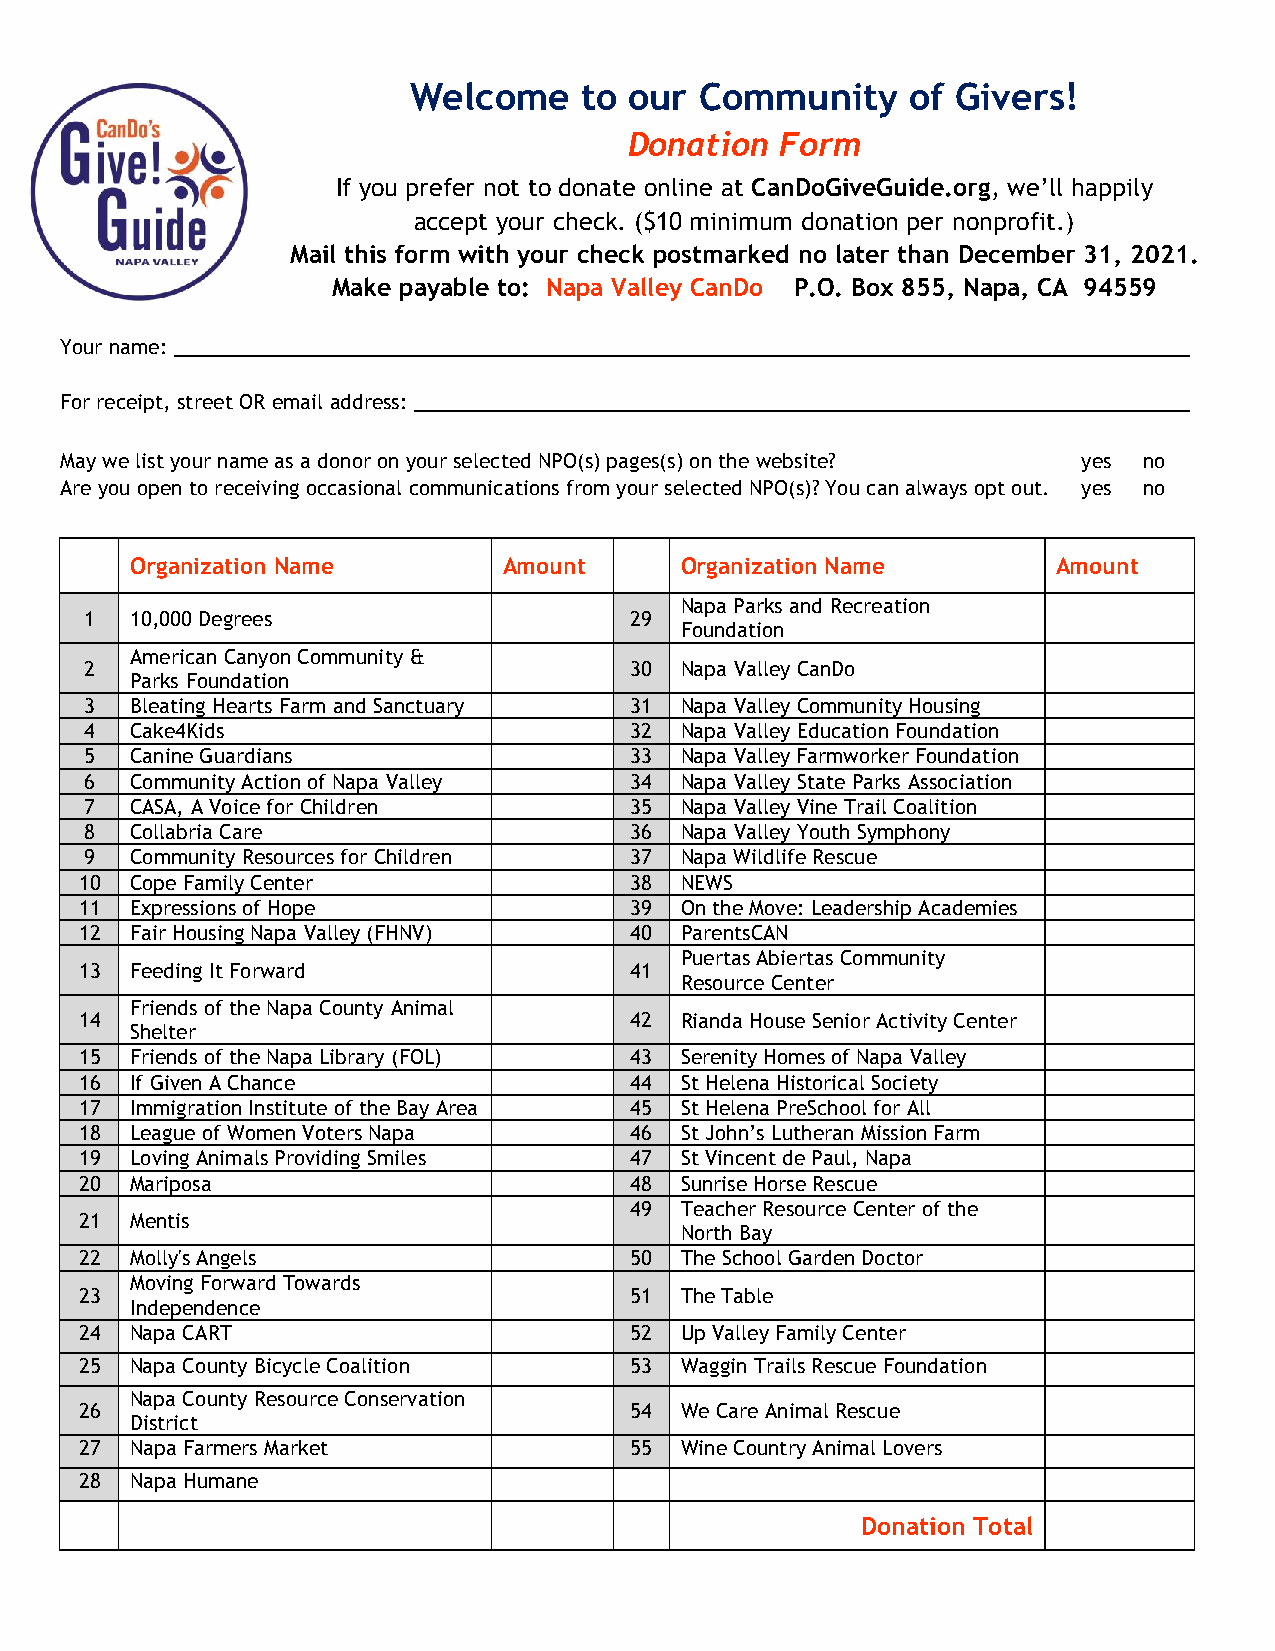
Welcome    to  our Community     of Givers!
 Donation  Form
 If you prefer not to donate online at CanDoGiveGuide.org, we’ll happily
 accept your check. ($10 minimum donation per nonprofit.)
 Mail this form with your check postmarked no later than December 31, 2021.
 Make payable to: Napa Valley CanDo P.O. Box 855, Napa, CA 94559
 Your name: _____________________________________________________________________________________________
 For receipt, street OR email address: _______________________________________________________________________
 May we list your name as a donor on your selected NPO(s) pages(s) on the website? yes no
 Are you open to receiving occasional communications from your selected NPO(s)? You can always opt out. yes no
 Organization Name       Amount      Organization Name        Amount
 Napa Parks and Recreation
 1  10,000 Degrees                   29
 Foundation
 American Canyon Community &
 2                                   30 Napa Valley CanDo
 Parks Foundation
 3  Bleating Hearts Farm and Sanctuary 31 Napa Valley Community Housing
 4  Cake4Kids                        32 Napa Valley Education Foundation
 5  Canine Guardians                 33 Napa Valley Farmworker Foundation
 6  Community Action of Napa Valley  34 Napa Valley State Parks Association
 7  CASA, A Voice for Children       35 Napa Valley Vine Trail Coalition
 8  Collabria Care                   36 Napa Valley Youth Symphony
 9  Community Resources for Children 37 Napa Wildlife Rescue
 10  Cope Family Center               38 NEWS
 11  Expressions of Hope              39 On the Move: Leadership Academies
 12  Fair Housing Napa Valley (FHNV)  40 ParentsCAN
 Puertas Abiertas Community
 13  Feeding It Forward               41
 Resource Center
 Friends of the Napa County Animal
 14                                   42 Rianda House Senior Activity Center
 Shelter
 15  Friends of the Napa Library (FOL) 43 Serenity Homes of Napa Valley
 16  If Given A Chance                44 St Helena Historical Society
 17  Immigration Institute of the Bay Area 45 St Helena PreSchool for All
 18  League of Women Voters Napa      46 St John’s Lutheran Mission Farm
 19  Loving Animals Providing Smiles  47 St Vincent de Paul, Napa
 20  Mariposa                         48 Sunrise Horse Rescue
 49 Teacher Resource Center of the
 21  Mentis
 North Bay
 22  Molly's Angels                   50 The School Garden Doctor
 Moving Forward Towards
 23                                   51 The Table
 Independence
 24  Napa CART                        52 Up Valley Family Center
 25  Napa County Bicycle Coalition    53 Waggin Trails Rescue Foundation
 Napa County Resource Conservation
 26                                   54 We Care Animal Rescue
 District
 27  Napa Farmers Market              55 Wine Country Animal Lovers
 28  Napa Humane
 Donation Total